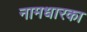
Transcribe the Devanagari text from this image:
नामधारका